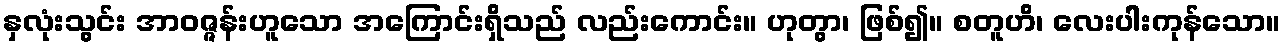
နှလုံးသွင်း အာဝဇ္ဇန်းဟူသော အကြောင်းရှိသည် လည်းကောင်း။ ဟုတွာ၊ ဖြစ်၍။ စတူဟိ၊ လေးပါးကုန်သော။